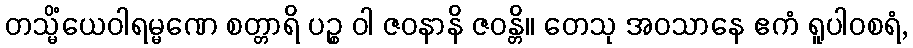
တသ္မိံယေဝါရမ္မဏေ စတ္တာရိ ပဉ္စ ဝါ ဇဝနာနိ ဇဝန္တိ။ တေသု အဝသာနေ ဧကံ ရူပါဝစရံ,